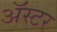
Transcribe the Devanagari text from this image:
ॲस्टर